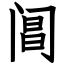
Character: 阊